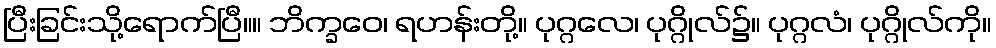
ပြီးခြင်းသို့ရောက်ပြီ။။ ဘိက္ခဝေ၊ ရဟန်းတို့။ ပုဂ္ဂလေ၊ ပုဂ္ဂိုလ်၌။ ပုဂ္ဂလံ၊ ပုဂ္ဂိုလ်ကို။